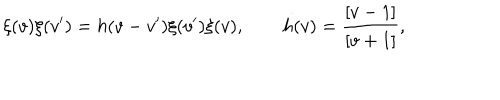
\xi ( v ) \xi ( v ^ { \prime } ) = h ( v - v ^ { \prime } ) \xi ( v ^ { \prime } ) \xi ( v ) , \qquad h ( v ) = \frac { [ v - 1 ] } { [ v + 1 ] } ,